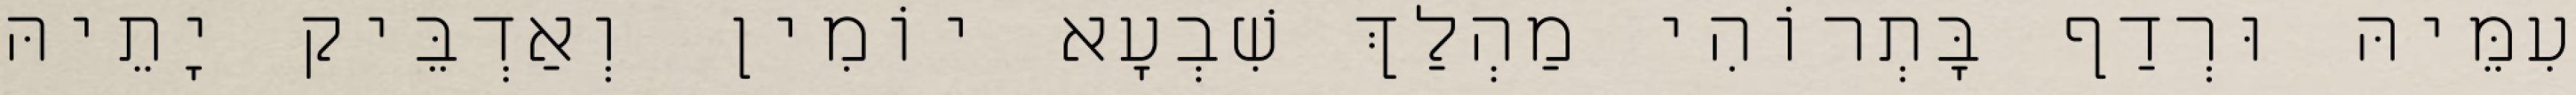
עִמֵּיהּ וּרְדַף בָּתְרוֹהִי מַהְלַךְ שִׁבְעָא יוֹמִין וְאַדְבֵּיק יָתֵיהּ